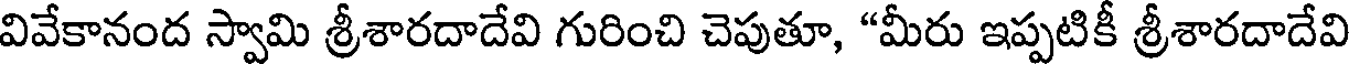
వివేకానంద స్వామి శ్రీశారదాదేవి గురించి చెపుతూ, "మీరు ఇప్పటికీ శ్రీశారదాదేవి